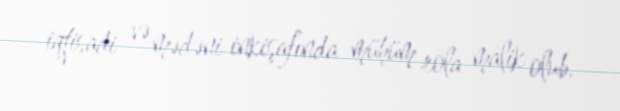
iqtisadi və mədəni inkişafında mühüm rola malik olub.